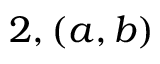
2 , ( a , b )